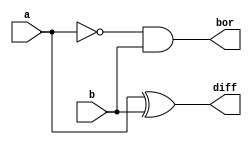
`timescale 1ns / 1ps
//////////////////////////////////////////////////////////////////////////////////
// Company: 
// Engineer: 
// 
// Design Name: 
// Module Name: halfsubtractor
// Project Name: 
// Target Devices: 
// Tool Versions: 
// Description: 
// 
// Dependencies: 
// 
// Revision:
// Revision 0.01 - File Created
// Additional Comments:
// 
//////////////////////////////////////////////////////////////////////////////////


module halfsubtractor(a,b,diff,bor);
input a,b;
output diff,bor;
assign diff=a^b;
assign bor=(~a)&b;
endmodule